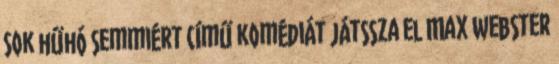
Sok hűhó semmiért című komédiát játssza el Max Webster